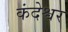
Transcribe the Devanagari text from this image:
कंदेश्वर